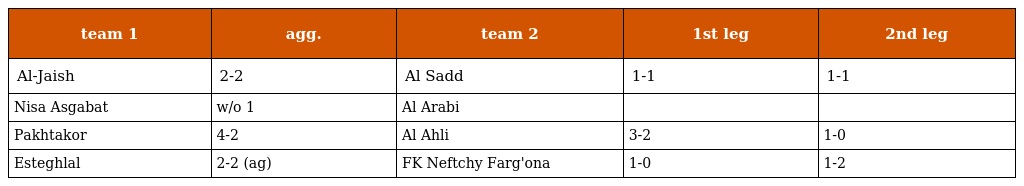
| team 1 | agg. | team 2 | 1st leg | 2nd leg |
 | --- | --- | --- | --- | --- |
 | Al-Jaish | 2-2 | Al Sadd | 1-1 | 1-1 |
 | Nisa Asgabat | w/o 1 | Al Arabi |  |  |
 | Pakhtakor | 4-2 | Al Ahli | 3-2 | 1-0 |
 | Esteghlal | 2-2 (ag) | FK Neftchy Farg'ona | 1-0 | 1-2 |